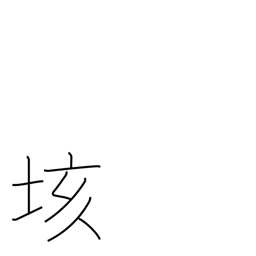
Meaning: hundred quintillion